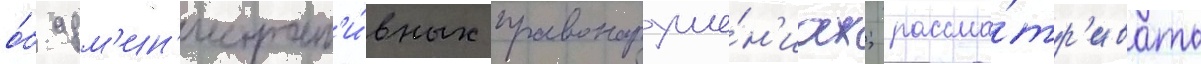
о́б адм'ин'истрат'и́вных правонаруше́н'иах; рассма́тр'ивать